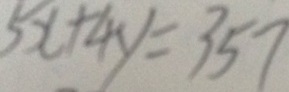
5 x + 4 y = 3 5 7